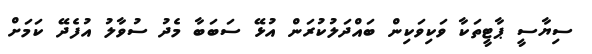
ސިޔާސީ ޕާޓީތަކާ ވަކިވަކިން ބައްދަލުކުރަން އުޅޭ ސަބަބާ މެދު ސުވާލު އުފެދޭ ކަމަށް